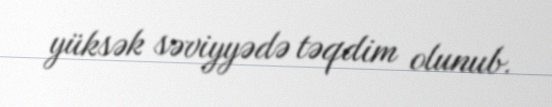
yüksək səviyyədə təqdim olunub.